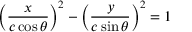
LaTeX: \left( { \frac { x } { c \cos \theta } } \right) ^ { 2 } - \left( { \frac { y } { c \sin \theta } } \right) ^ { 2 } = 1